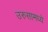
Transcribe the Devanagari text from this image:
उरुसामध्ये